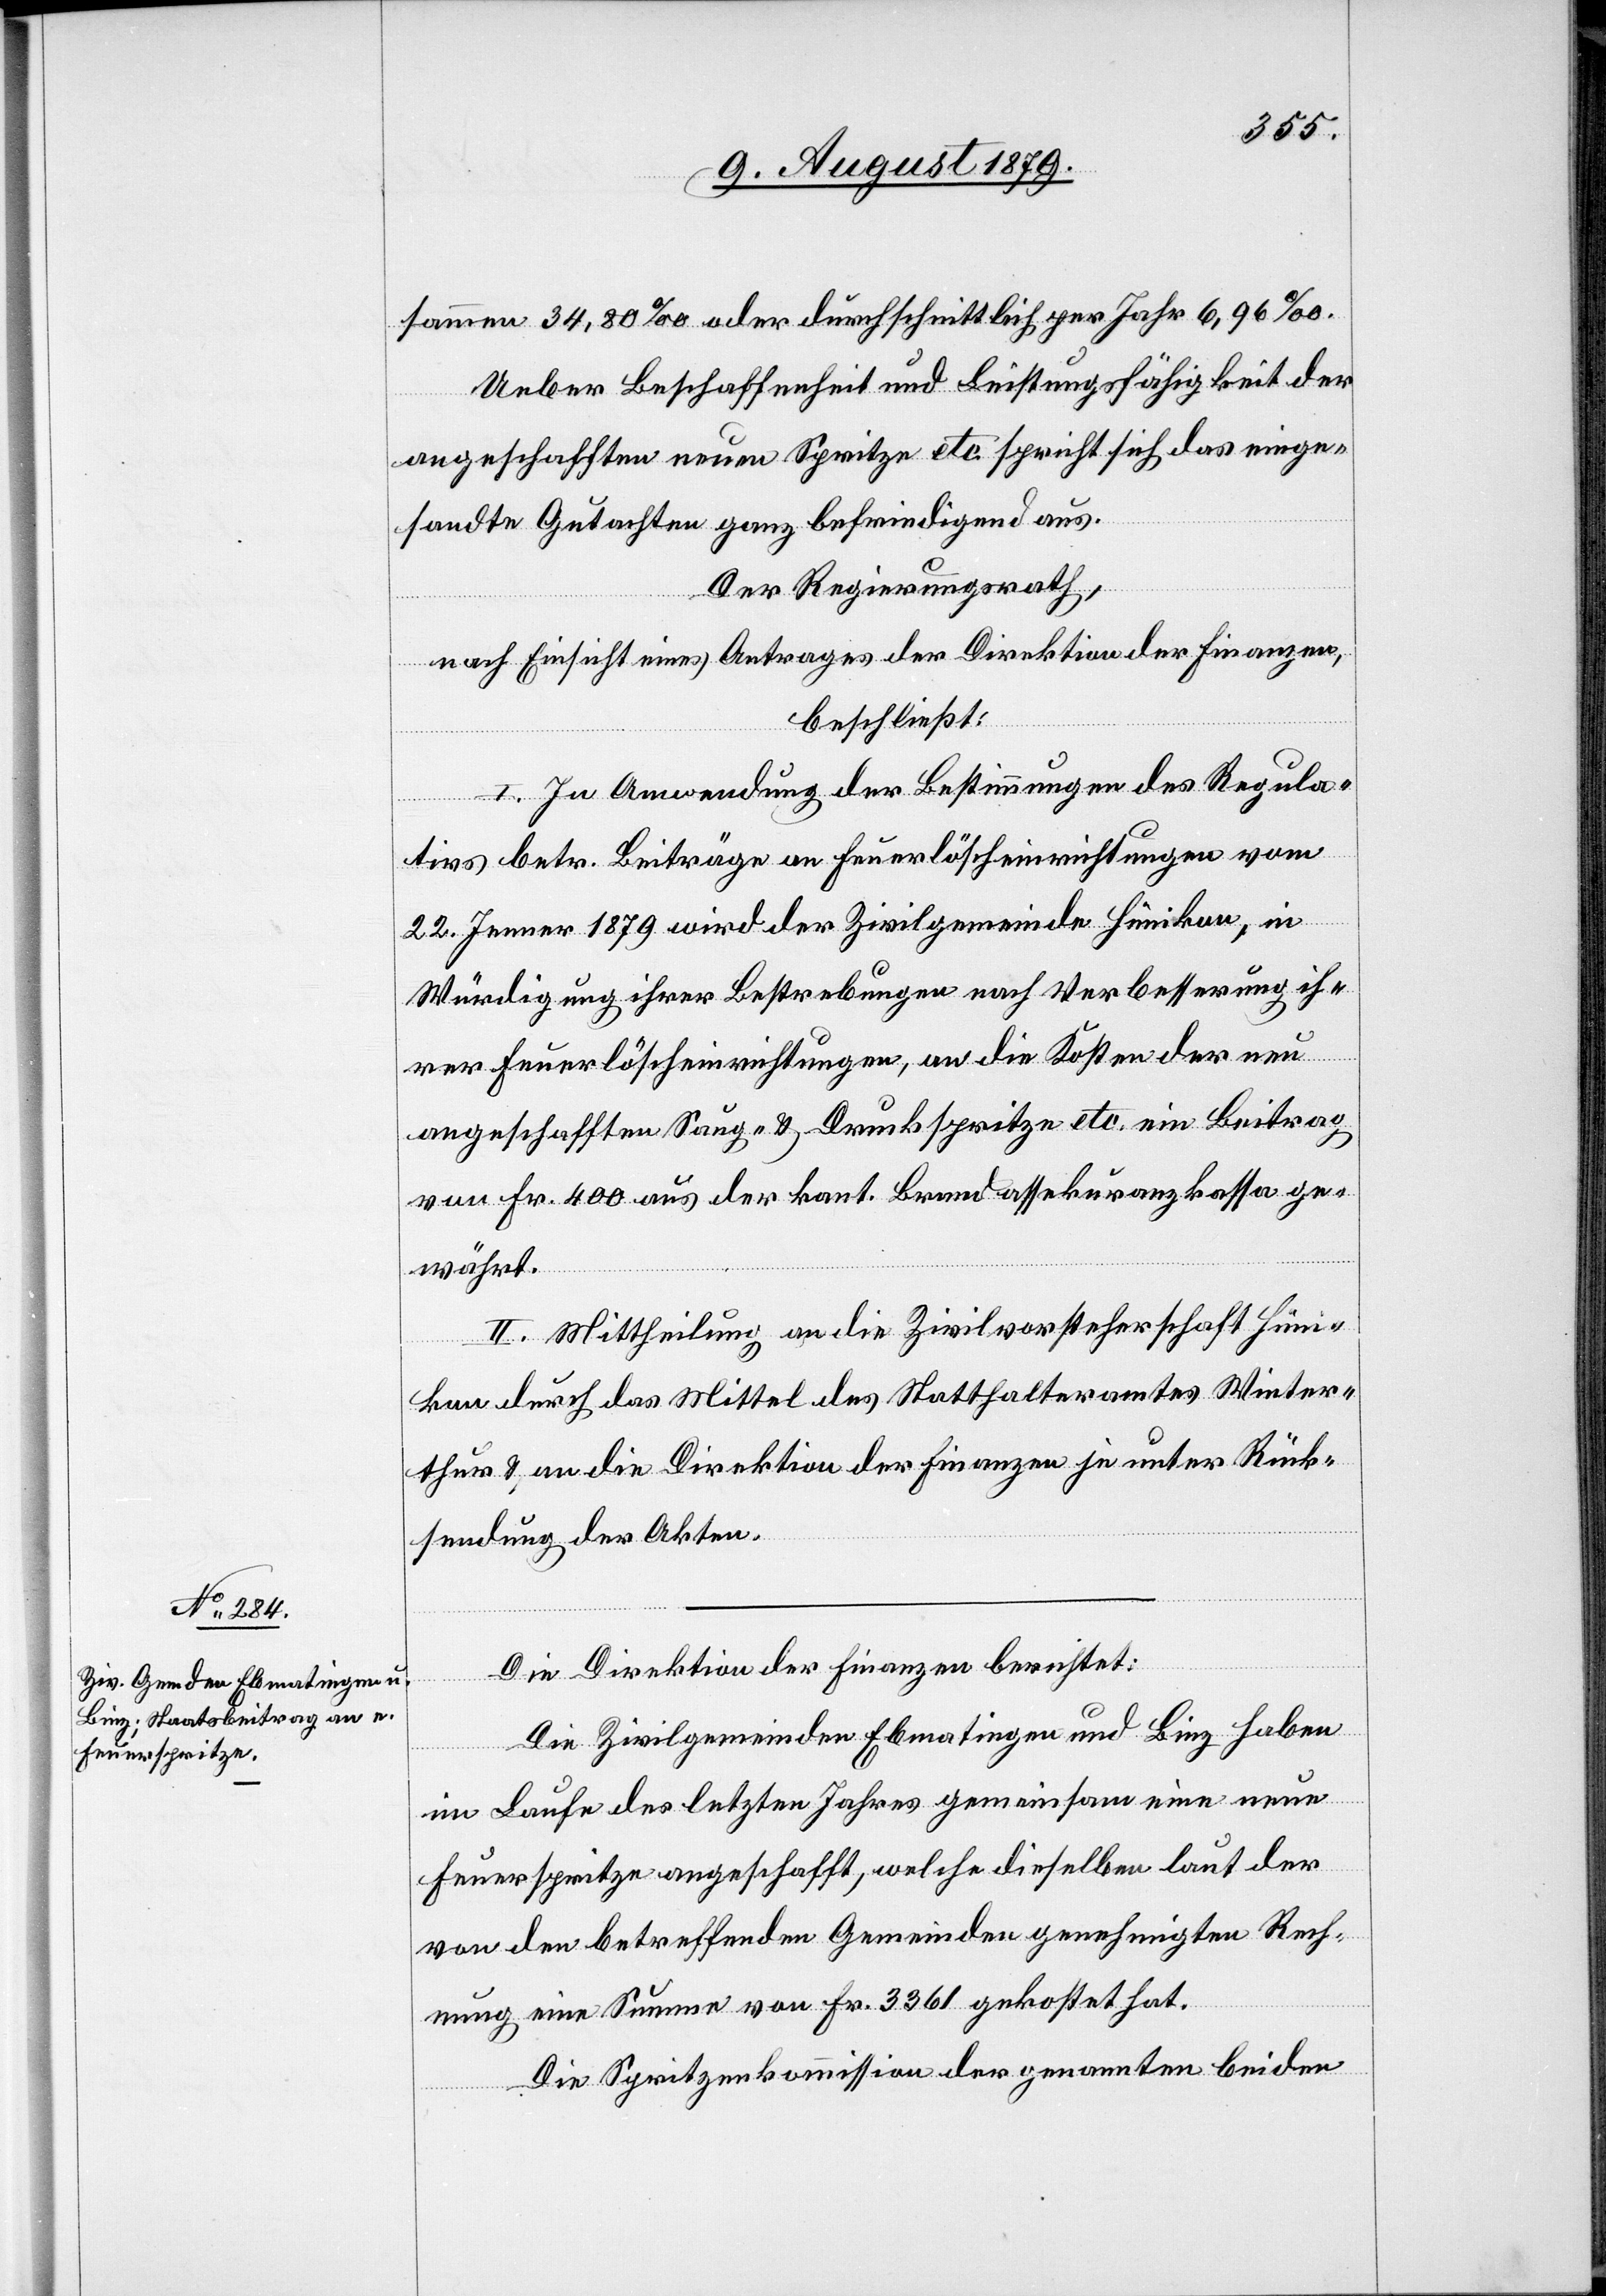
sammen 34,80 oder durchschnittlich per Jahr 6,96‰.
Ueber Beschaffenheit und Leistungsfähigkeit der
angeschafften neuen Spritze etc. spricht sich das einge¬
sandte Gutachten ganz befriedigend aus.
Der Regierungsrath,
nach Einsicht eines Antrages der Direktion der Finanzen,
beschließt:
I. In Anwendung der Bestimmungen des Regula¬
tivs betr. Beiträge an Feuerlöscheinrichtungen vom
22. Jenner 1879 wird der Zivilgemeinde Hünikon, in
Würdigung ihrer Bestrebungen nach Verbesserung ih¬
rer Feuerlöscheinrichtungen, an die Kosten der neu
angeschafften Saug- & Druckspritze etc. ein Beitrag
von Fr. 400 aus der kant. Brandassekuranzkassa ge¬
währt.
II. Mittheilung an die Zivilvorsteherschaft Hüni¬
kon durch das Mittel des Statthalteramtes Winter¬
thur & an die Direktion der Finanzen je unter Rück¬
sendung der Akten.
Die Direktion der Finanzen berichtet:
Die Zivilgemeinde Ebmatingen und Binz haben
im Laufe des letzten Jahres gemeinsam eine neue
Feuerspritze angeschafft, welche dieselben laut der
von den betreffenden Gemeinden genehmigten Rech¬
nung eine Summe von Fr. 3361 gekostet hat.
Die Spritzenkommission der genannten beiden